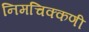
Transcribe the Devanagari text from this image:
निमचिक्कणी